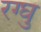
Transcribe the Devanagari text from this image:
रग्घु